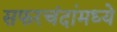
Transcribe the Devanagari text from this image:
सफरचंदांमध्ये